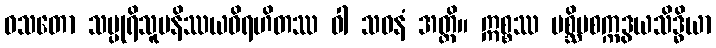
ဝသတော သပ္ပုရိသူပနိဿယဝိရဟိတဿ ဝါ သဝနံ အတ္ထိ။ ဣစ္စဿ ပစ္ဆိမစက္ကဒွယသိဒ္ဓိယာ